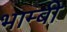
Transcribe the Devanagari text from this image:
भाम्बी